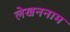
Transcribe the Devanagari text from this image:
लेखननाम